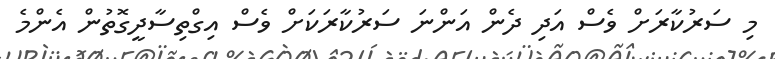
މި ސަރުކާރަށް ވެސް އަދި ދެން އަންނަ ސަރުކާރަކަށް ވެސް އިގްތިސާދީގޮތުން އެންމެ